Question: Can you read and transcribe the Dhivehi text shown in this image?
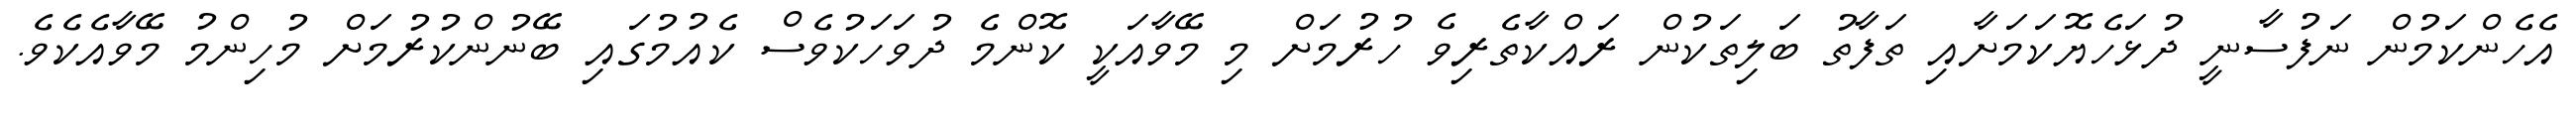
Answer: އެހެންކަމުން ނަފުސާނީ ދުޅަހެޔޮކަމަށާއި ތަފާތު ބަލިތަކުން ރައްކާތެރިވެ ހުރުމަށް މި މޭވާއަކީ ކޮންމެ ދުވަހަކުވެސް ކެއުމުގައި ބޭނުންކުރުމަށް މުހިންމު މޭވާއެކެވެ.